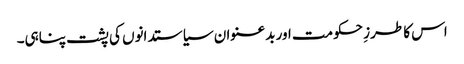
اس کا طرزِ حکومت اور بدعنوان سیاستدانوں کی پشت پناہی۔